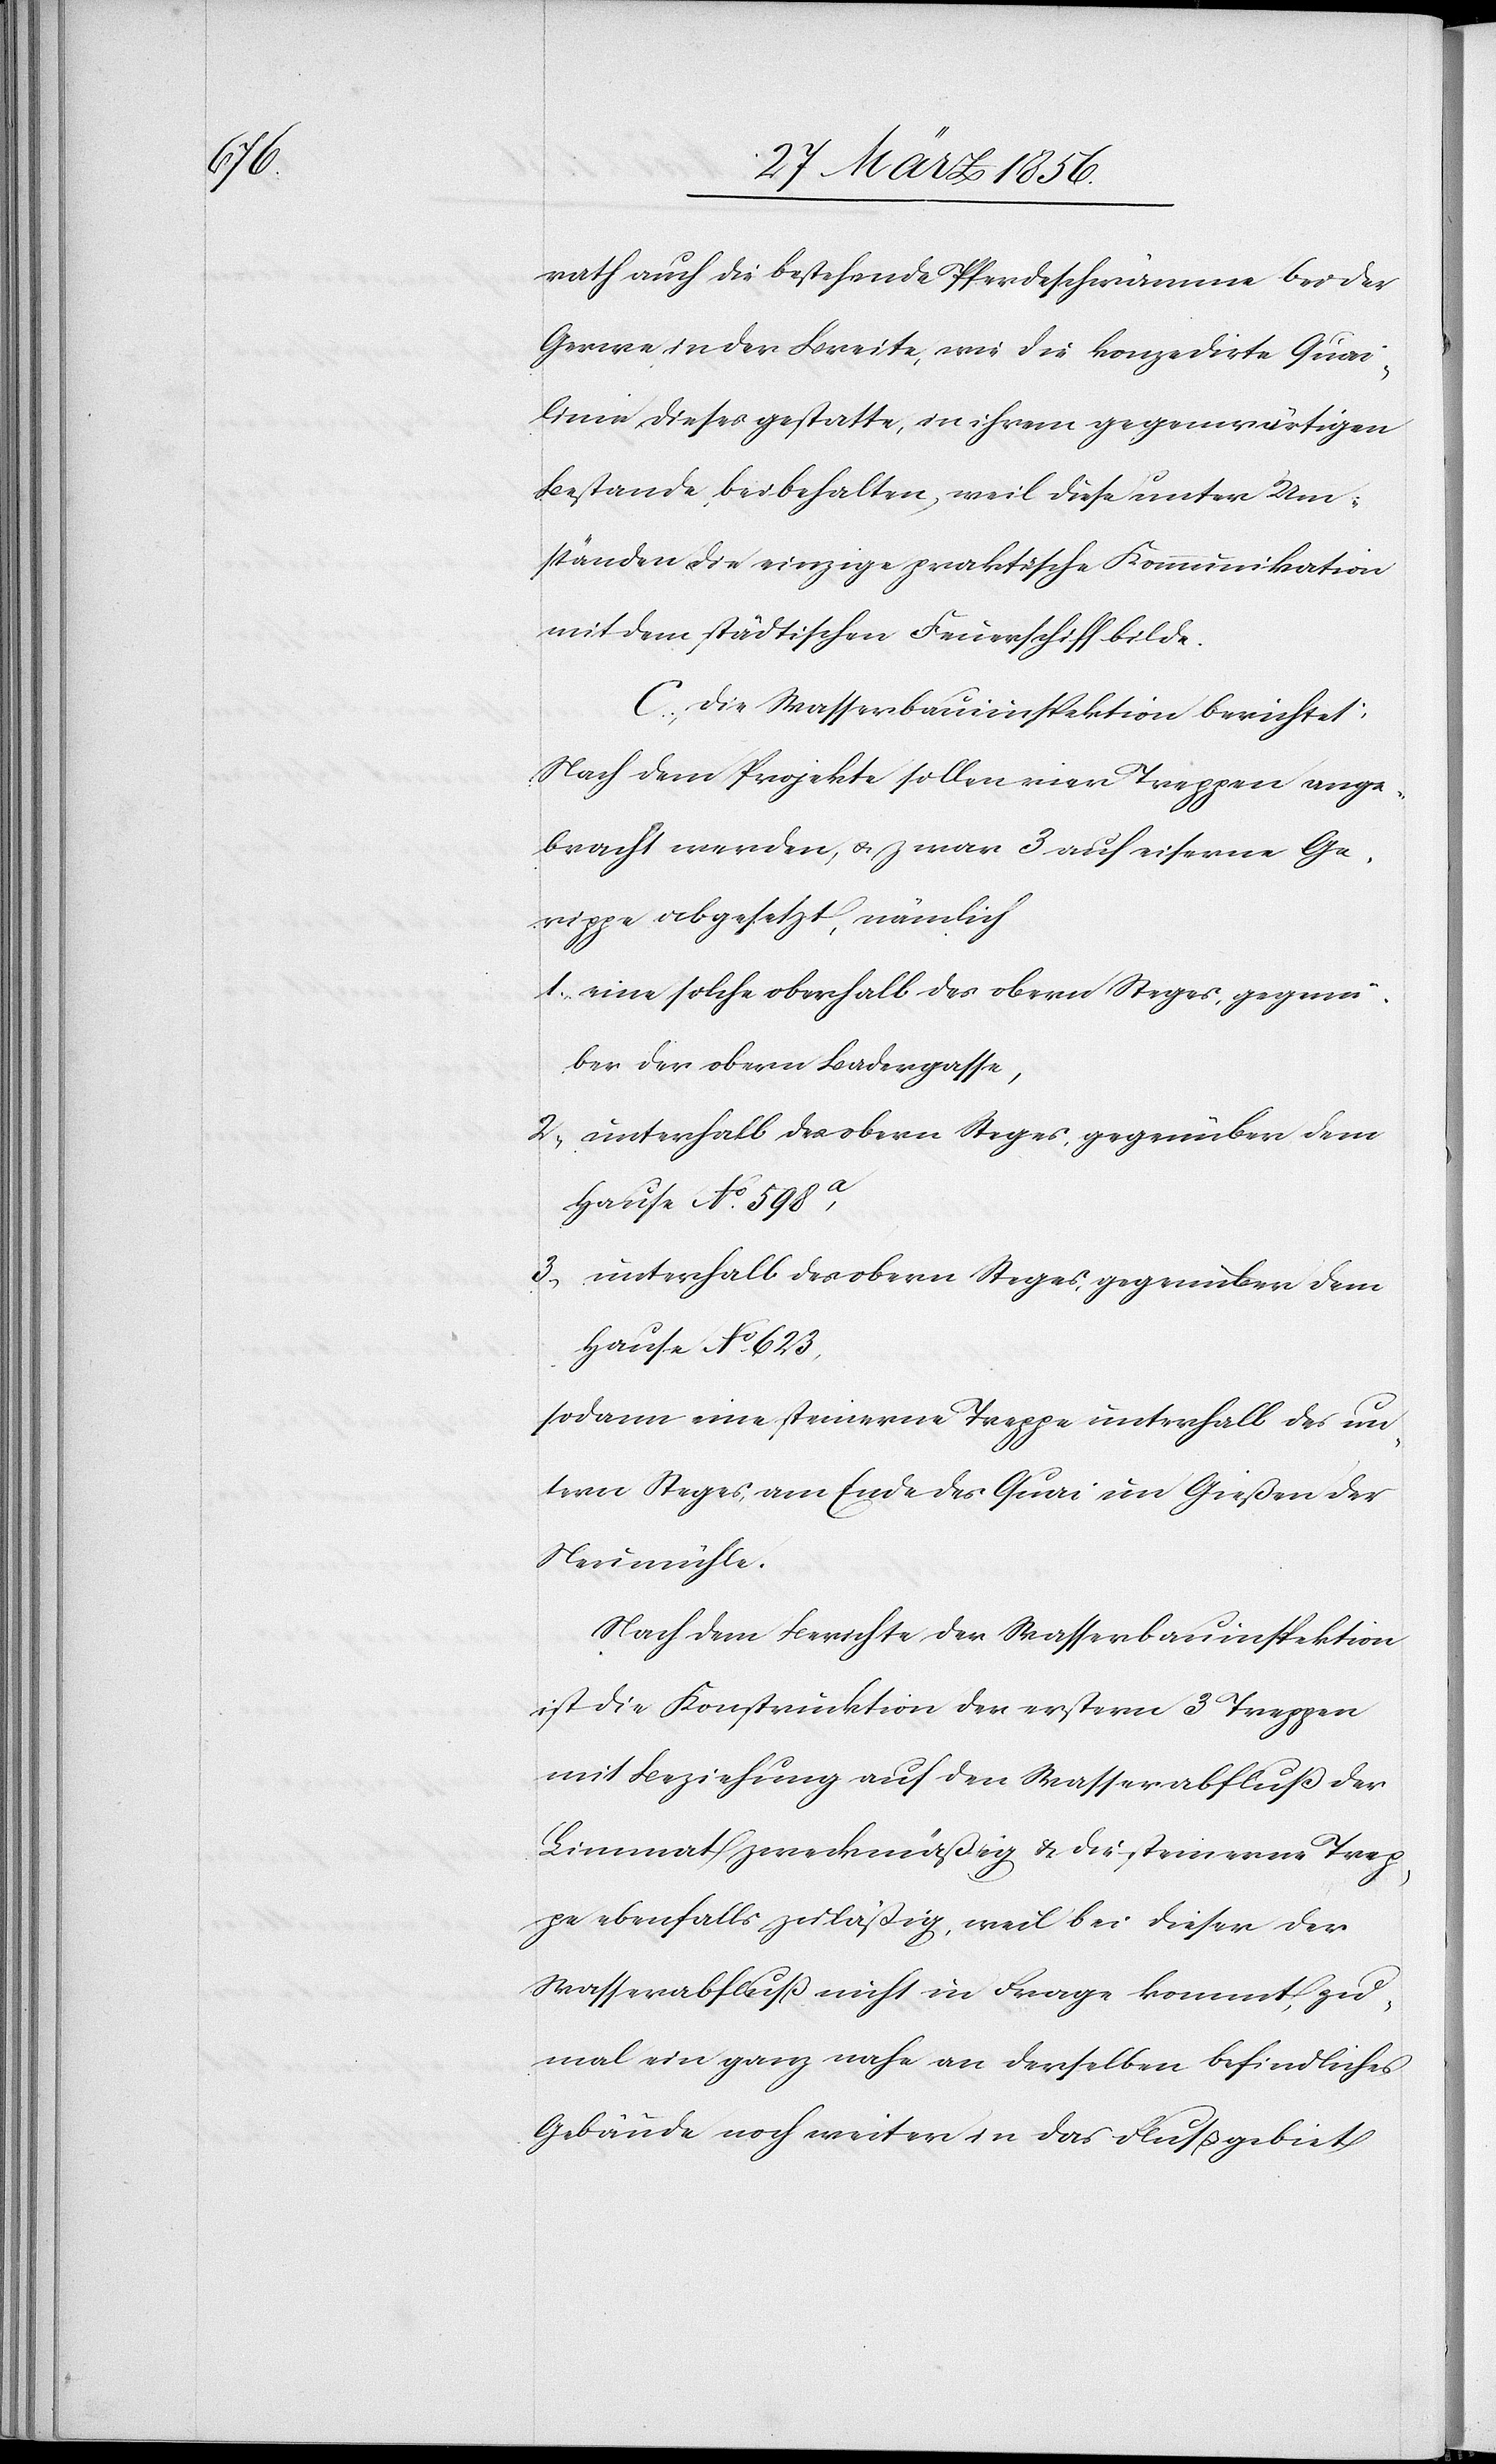
rath auch die bestehende Pferdeschwämme bei der
Gerwe in der Breite, wie die konzedirte Quai¬
linie dieses gestatte, in ihrem gegenwärtigen
Bestande beibehalten, weil diese unter Um¬
ständen die einzige praktische Kommunikation
mit dem städtischen Feuerschiff bilde.
C., Die Wasserbauinspektion berichtet:
Nach dem Projekte sollen vier Treppen ange¬
bracht werden, u. zwar 3 auf eiserne Ge¬
rippe angesetzt, nämlich
1., eine solche oberhalb des obern Steges, gegenü¬
ber der obern Badergasse,
2., unterhalb des obern Steges, gegenüber dem
Hause No. 598a,
3., unterhalb des obern Steges, gegenüber dem
Hause No 623,
sodann eine steinerne Treppe unterhalb des un¬
tern Steges, am Ende des Quai im Gießen der
Neumühle.
Nach dem Berichte der Wasserbauinspektion
ist die Konstruktion der erstern 3 Treppen
mit Beziehung auf den Wasserabfluß der
Limmat zweckmäßig & die steinerne Trep¬
pe ebenfalls zuläßig, weil bei dieser der
Wasserabfluß nicht in Frage kommt, zu¬
mal ein ganz nahe an derselben befindliches
Gebäude noch weiter in das Flußgebiet